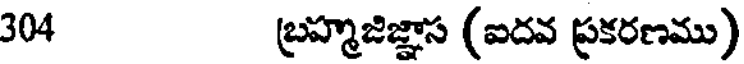
304 బ్రహ్మజిజ్ఞాస (ఐదవ ప్రకరణము)